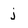
Character: j